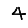
Digit: 4